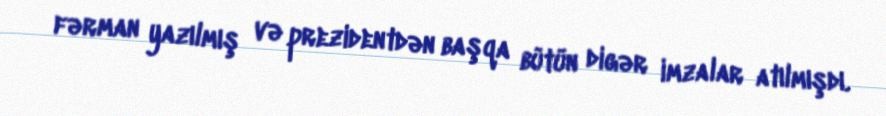
fərman yazılmış və prezidentdən başqa bütün digər imzalar atılmışdı.